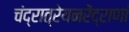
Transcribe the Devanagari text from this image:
चंद्रात्रेयनरेंद्राणां